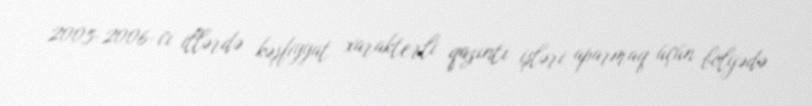
2005-2006-cı illərdə kəşfiyyat xarakterli qazıntı işləri aparmaq üçün bölgədə